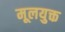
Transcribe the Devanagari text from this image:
मूलयुक्त